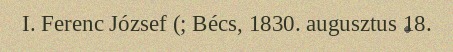
I. Ferenc József (; Bécs, 1830. augusztus 18.